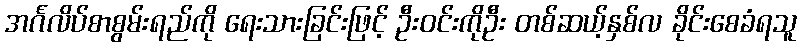
အင်္ဂလိပ်စာစွမ်းရည်ကို ရေးသားခြင်းဖြင့် ဦးဝင်းကိုဦး တစ်ဆယ့်နှစ်လ ခိုင်းစေခံရသူ